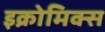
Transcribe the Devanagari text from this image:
इक्रोमिक्स